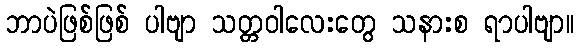
ဘာပဲဖြစ်ဖြစ် ပါဗျာ သတ္တဝါလေးတွေ သနားစ ရာပါဗျာ။